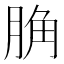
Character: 𦛲